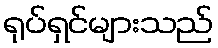
ရုပ်ရှင်များသည်